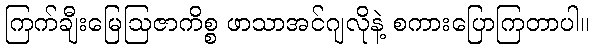
ကြက်ချီးမြေဩဇာကိစ္စ ဖာသာအင်ဂျလိုနဲ့ စကားပြောကြတာပါ။